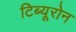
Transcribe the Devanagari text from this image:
टिब्यूरोन